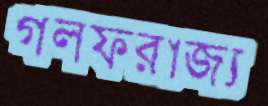
গলফরাজ্য